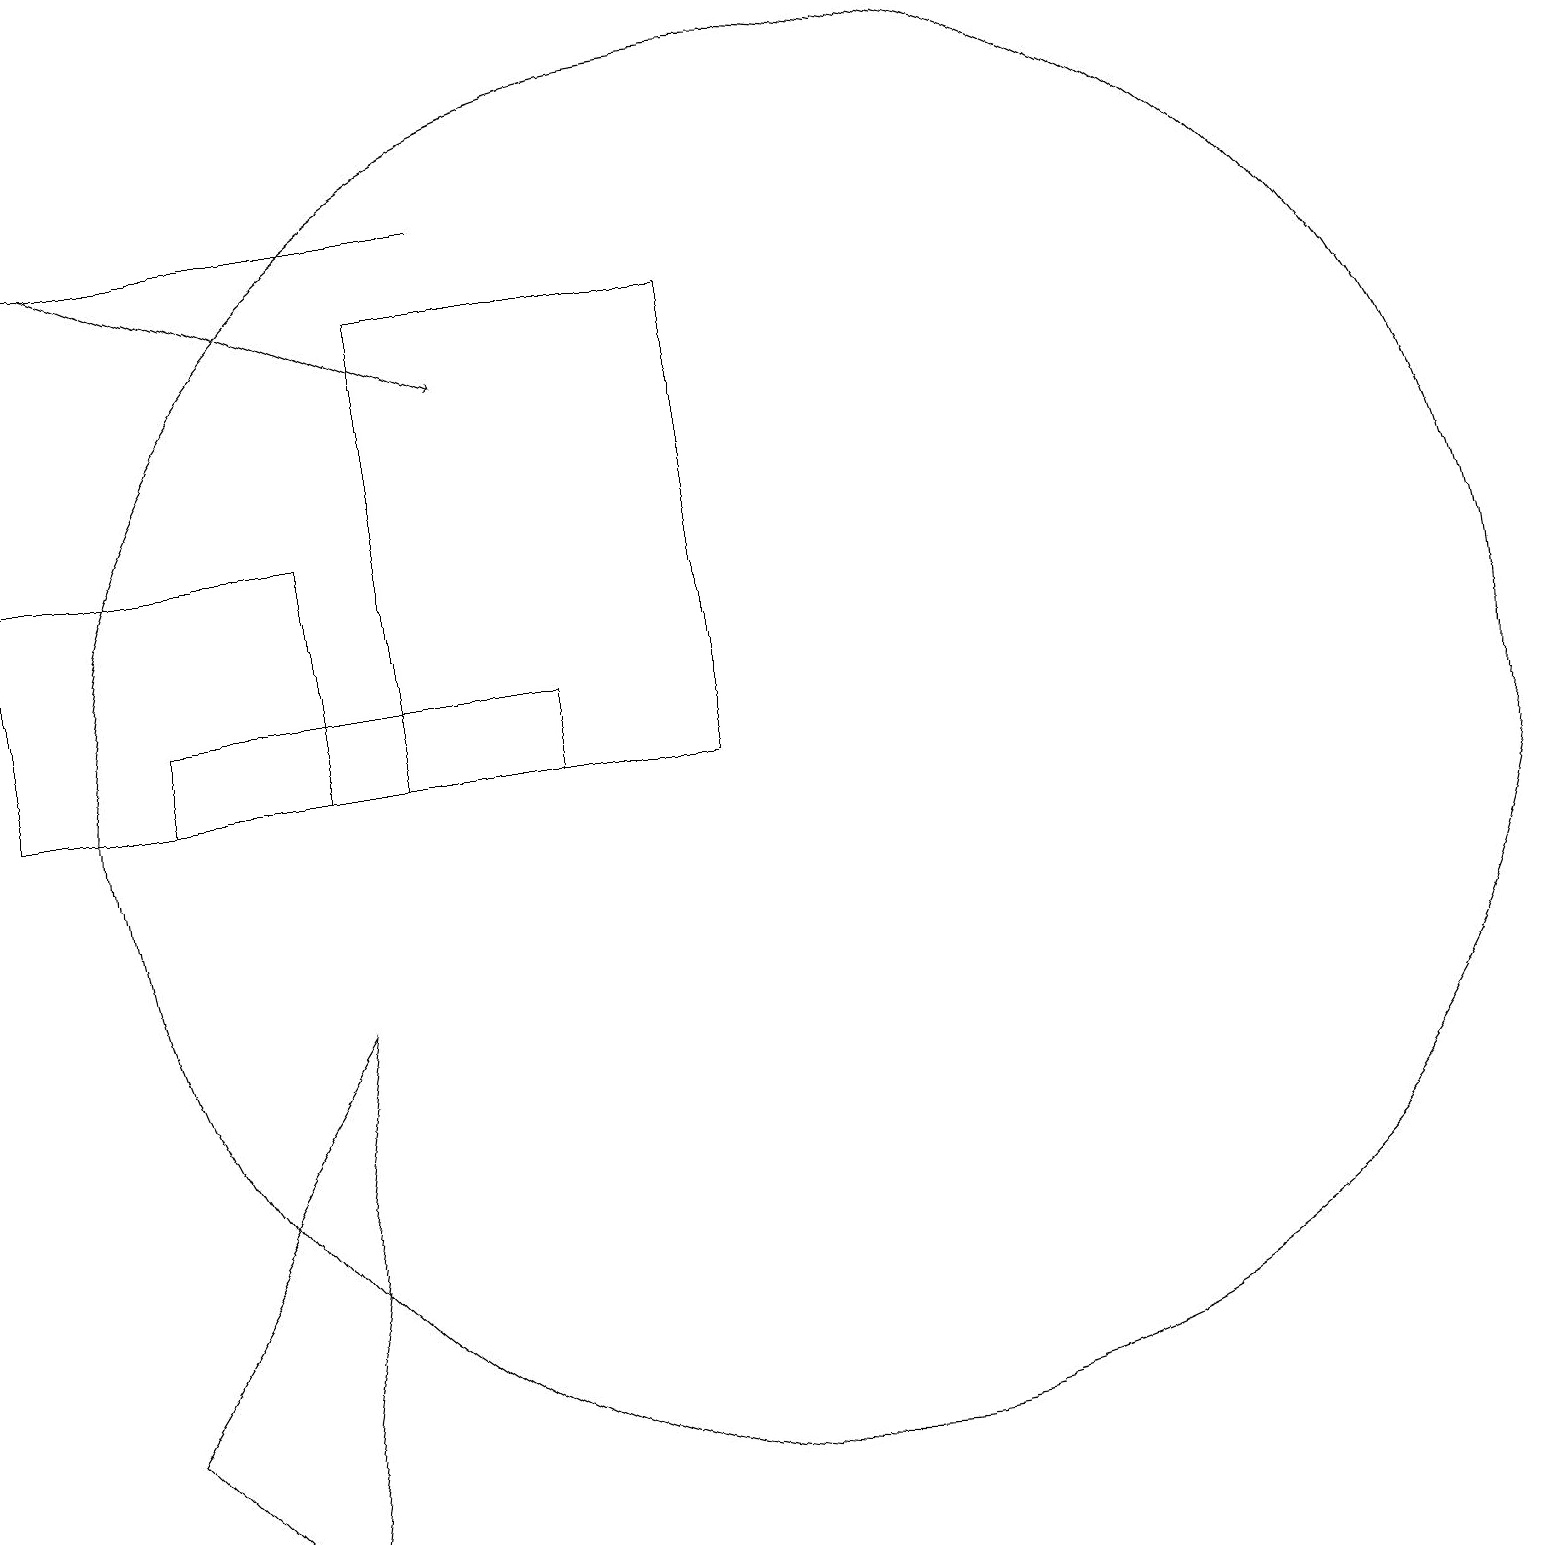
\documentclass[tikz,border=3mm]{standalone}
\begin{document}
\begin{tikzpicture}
\draw (4,11) rectangle (0,14);
\draw (3,1) -- (1,3) -- (4,8) -- cycle;
\draw (7,12) rectangle (2,11);
\draw (10,11) circle (9);
\draw[->] (1,18) -- (6,16);
\draw (9,11) rectangle (5,17);
\draw[->] (6,18) -- (0,18);
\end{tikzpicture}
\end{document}